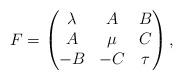
LaTeX: \begin{align*} F= \begin{pmatrix} \lambda&A&B\\ A&\mu&C\\ -B& -C&\tau \end{pmatrix},\end{align*}